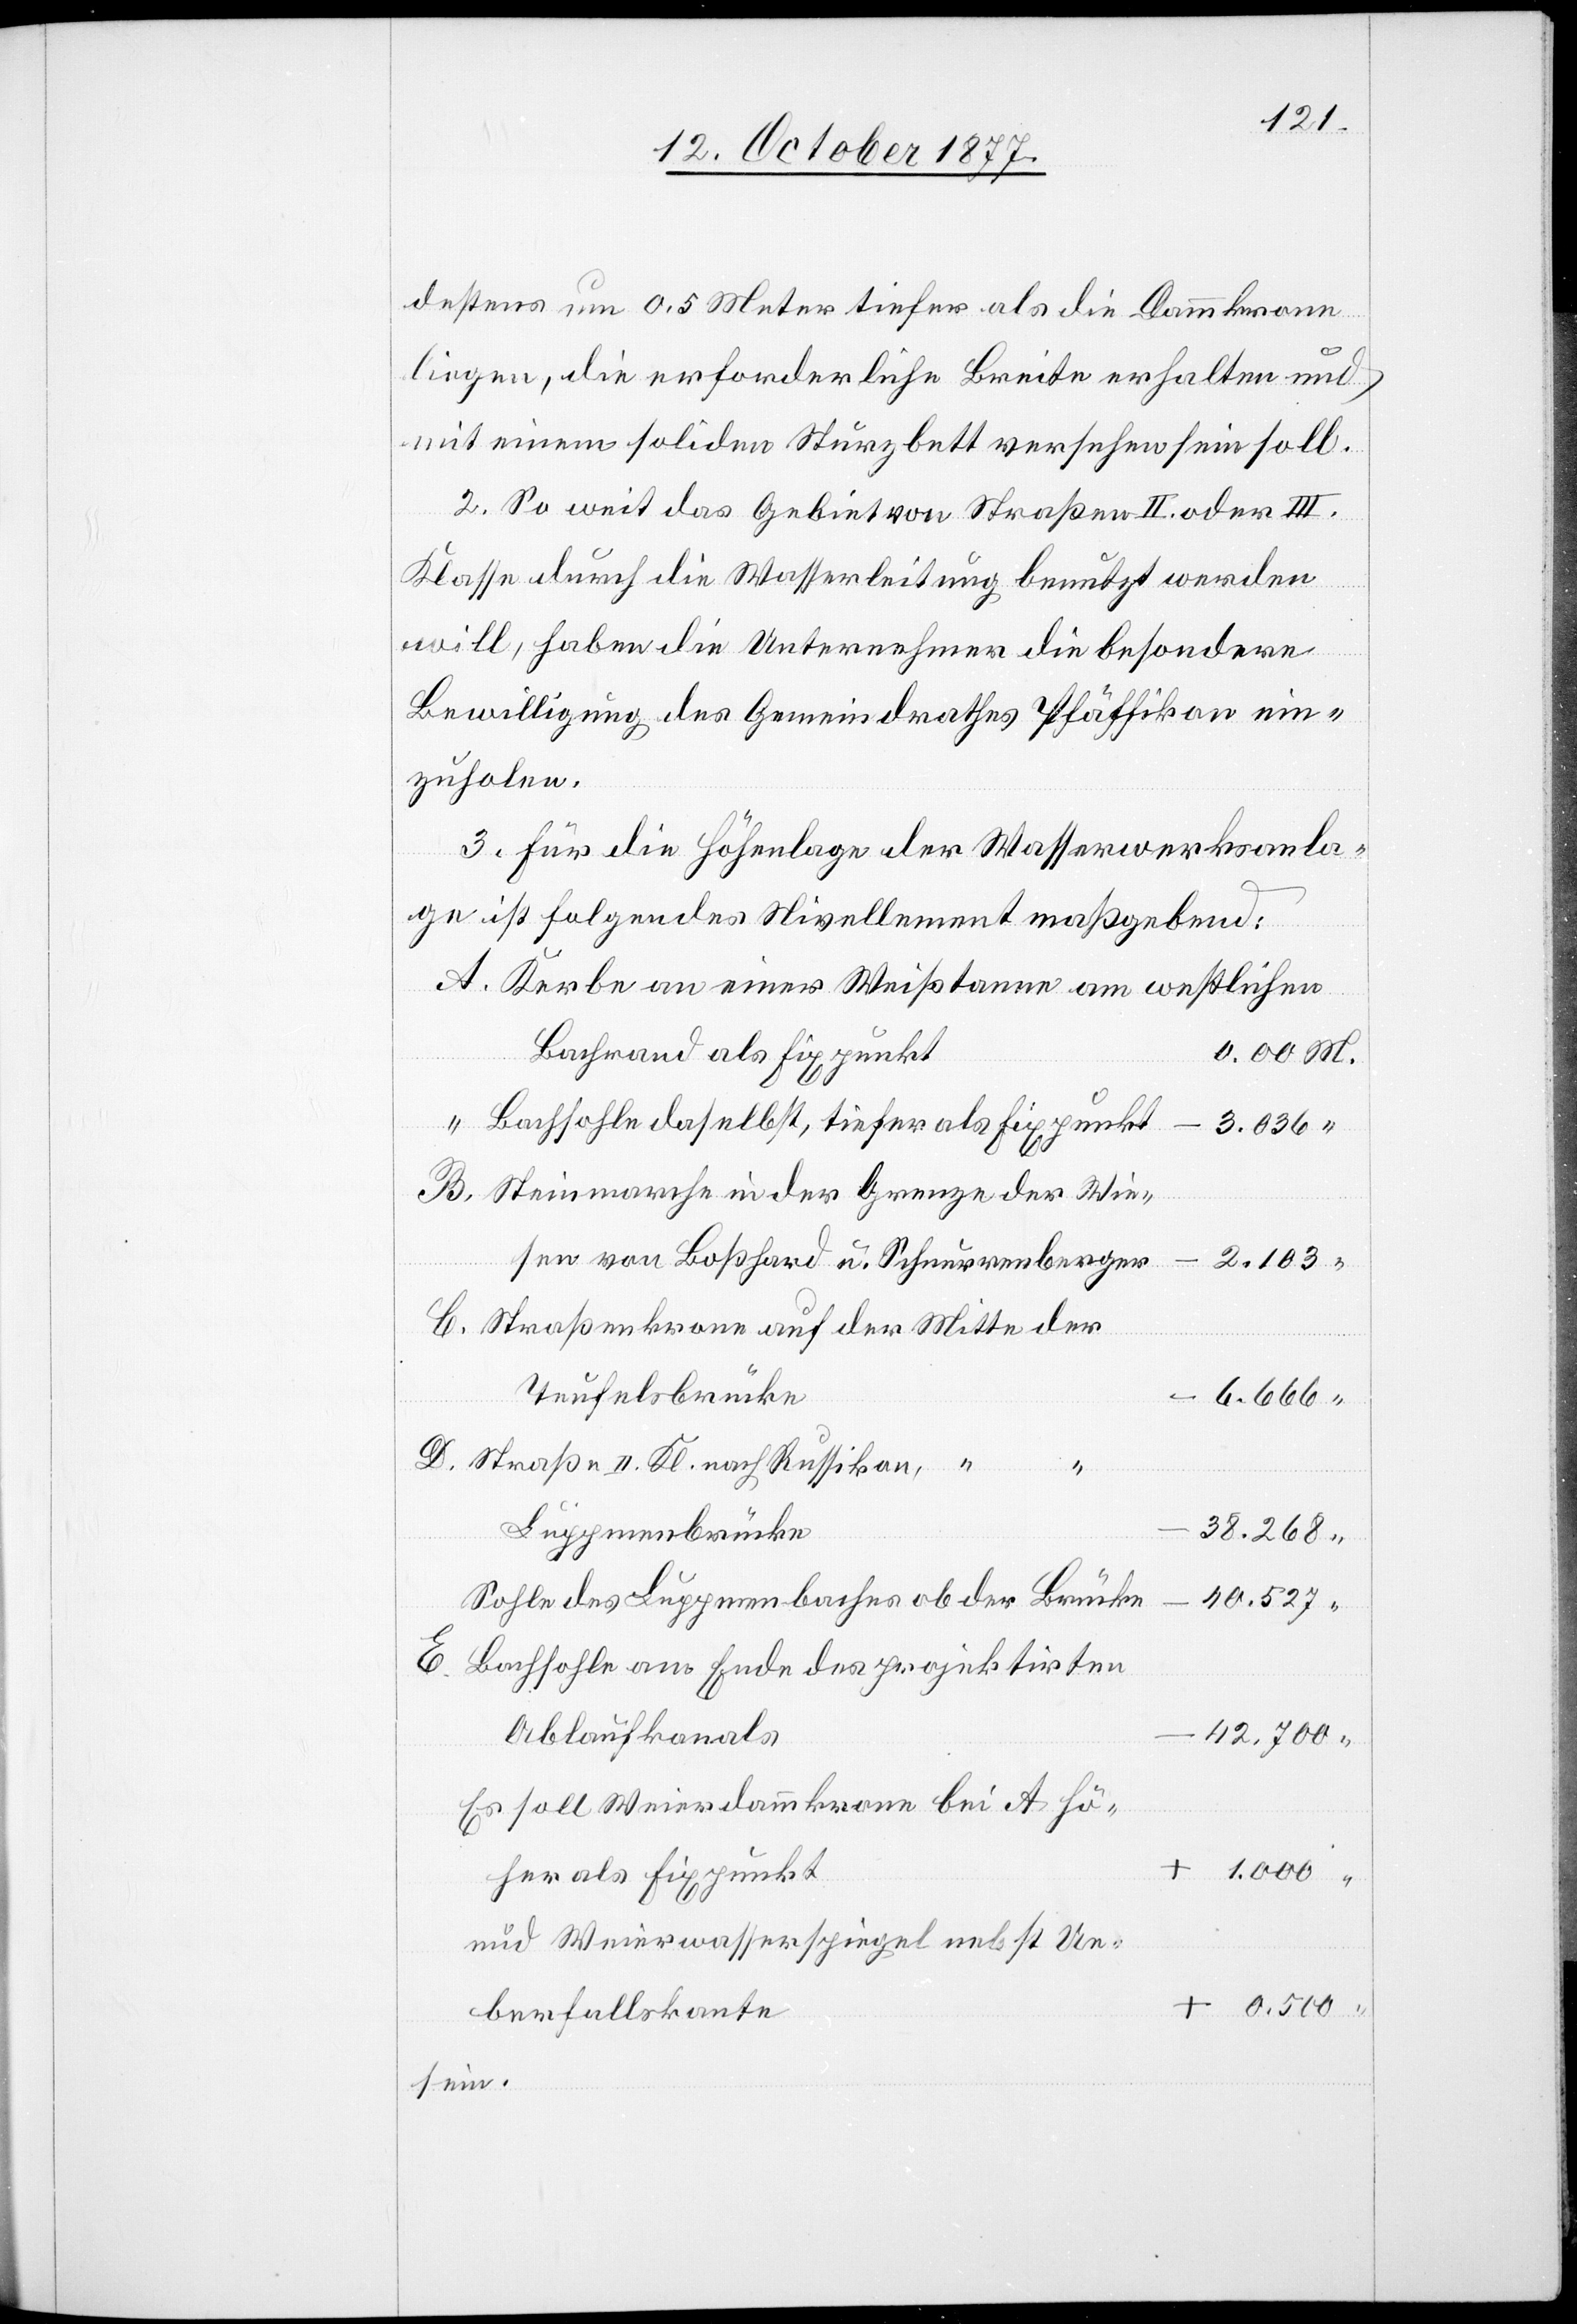
destens um 0,5 Meter tiefer als die Dammkrone
liegen, die erforderliche Breite erhalten und
mit einem soliden Sturzbett versehen sein soll.
2. So weit das Gebiet von Straßen II. oder III.
Klasse durch die Wasserleitung benutzt werden
will, haben die Unternehmer die besondere
Bewilligung des Gemeindrathes Pfäffikon ein¬
zuholen.
3. Für die Höhenlage der Wasserwerksanla¬
ge ist folgendes Nivellement maßgebend:
Kerbe an einer Weißtanne am westlichen
Bachrand als Fixpunkt
0.00 M.
Bachsohle daselbst, tiefer als Fixpunkt
–
3.036 “
Steinmarche in der Grenze der Wie¬
E.
sen von Boßhard u. Schnurrenberger
2.103 “
Straßenkrone auf der Mitte der
Teufelsbrücke
– 6.666 “
Straße II. Kl. nach Russikon,
Luppmenbrücke
38.268
Sohle des Luppmenbaches ob der Brücke
40.527 “
Bachsohle am Ende des projektirten
Ablaufkanals
42.700
Es soll Weierdammkrone bei A hö¬
her als Fixpunkt
+ 1.000 “
und Weierwasserspiegel nebst Ue¬
+ 0.500 “
berfallskante
sein.